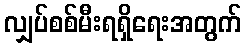
လျှပ်စစ်မီးရရှိရေးအတွက်